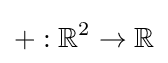
+:\mathbb {R} ^{2}\to \mathbb {R}